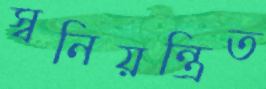
স্বনিয়ন্ত্রিত